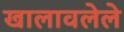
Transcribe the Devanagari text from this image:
खालावलेले